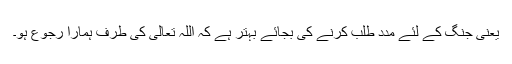
یعنی جنگ کے لئے مدد طلب کرنے کی بجائے بہتر ہے کہ اللہ تعالیٰ کی طرف ہمارا رجوع ہو۔